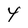
Character: 4